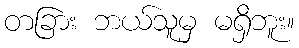
တခြား ဘယ်သူမှ မရှိဘူး။